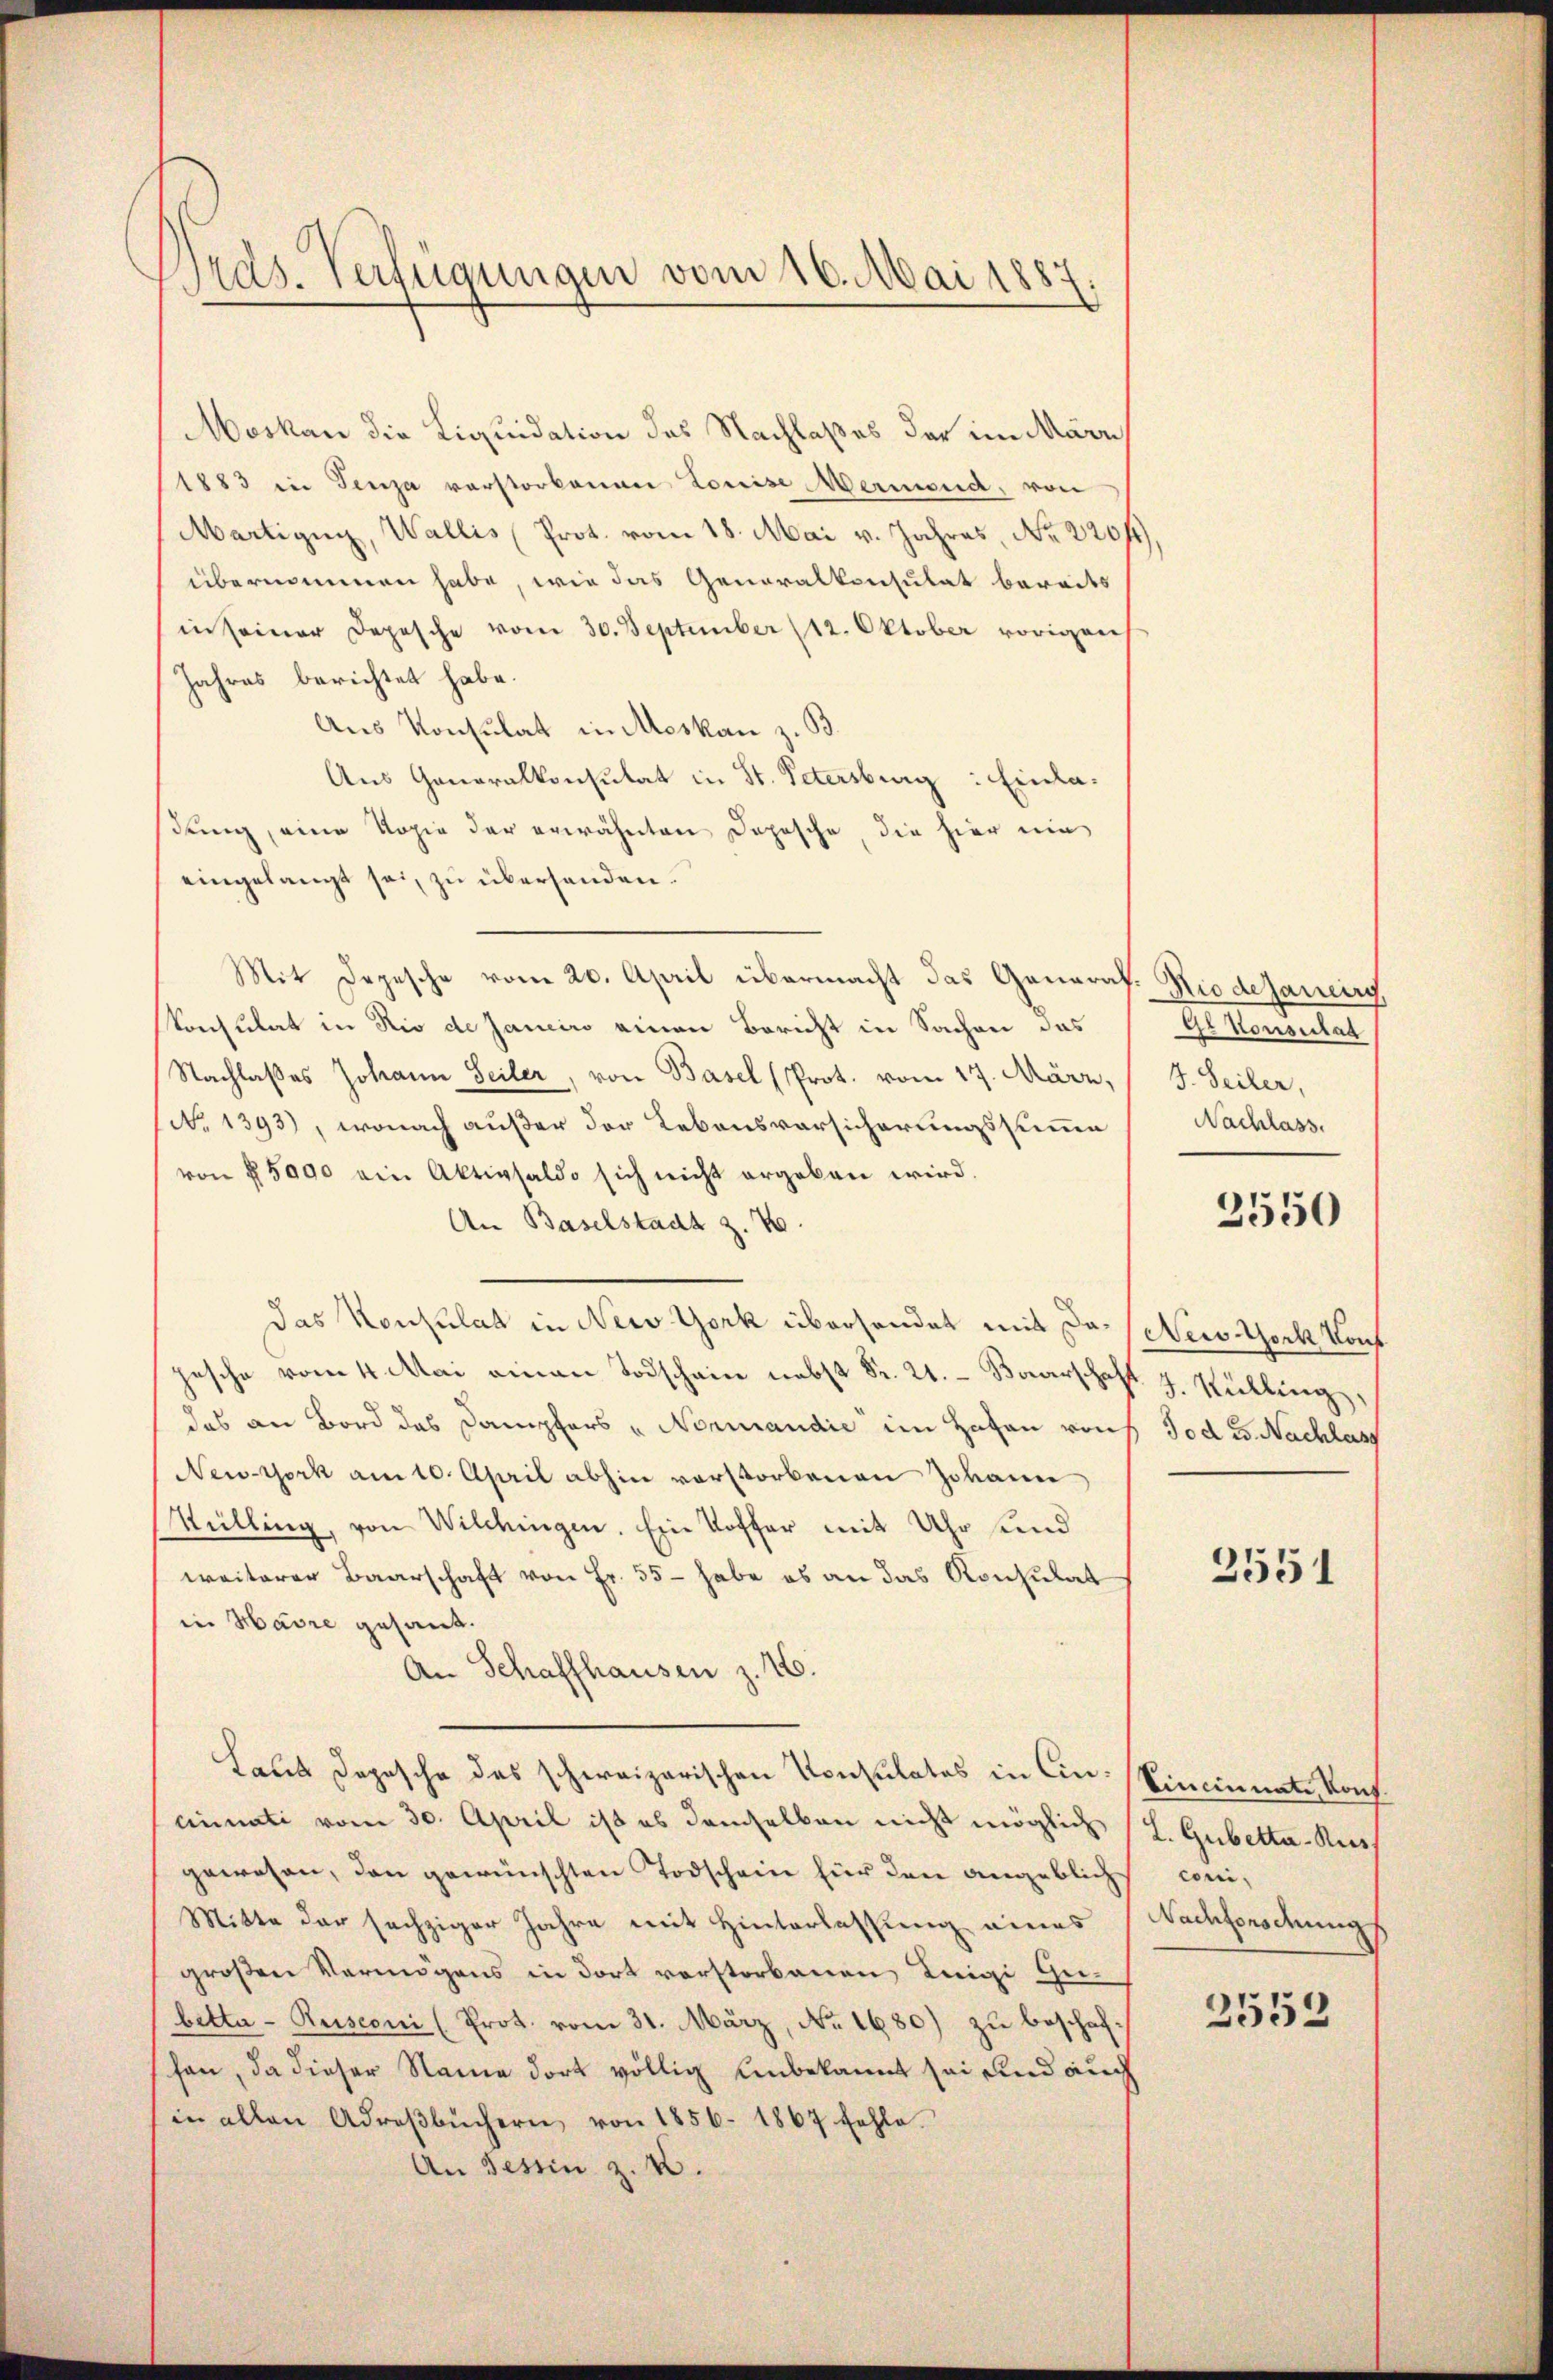
Drds. Verfügungen vom 16. Mai 1887.

Moskau die Liquidation des Nachlaßes der im März
1883 in Penza verstorbenen Louise Mermend, von
Martigny, Wallis (Prot. vom 18. Mai v. Jahres, Nr. 220f
übernommen habe, wie das Generalkonsulat bereits
in seiner Depesche vom 30. September (12. Oktober vorigen
Jahres berichtet habe.
Aus Konsulat in Moskau z. B.
Aus Generalkonsulat in St. Petersburg: Einladung, eine Kopie der erwähnten Depesche, die hier nie
eingelangt sei, zu übersenden.
Mit Depesche vom 20. April übermacht das General- Riedesaucir
konsulat in Rio de Janeiro einen Bericht in Sachen das
Nachlasses Johann Seiler, von Basel (Prot. vom 17. März,
(No 1393), wonach außer der Lebensvorsicherungssummen
von § 5000 ein Aktivsaldo sich nicht ergeben wird.
An Baselstadt z. B.
das Konsulat in New York übersendet mit da. Weis-York Konf
pesche vom 4. Mai einen Todschein nebst Fr. 21. Boverschaft z. Stühling,
das an Bord das Dampfers „Noricandie im Hafen rauch Tod G. Nachlass
New-York am 10. April abhin vorstorbenen Johann
Sülling, von Wilchingen. Ein Koffer mit Uhr sind
weiterer Baarschaft von Fr. 55 - habe es an das Konsulat
in Havre gesant.
An Schaffhausen z. 16.
Laues Depesche des schweizerischen Konsulates in Cincinnati vom 30. April ist es demselben nicht möglich
gewesen, den gewünschten Todschein für den angeblich
Mitte der sechziger Jahre mit Hinterlassung eines
großen Vermögens in dort verstorbenen Luigi Gubetta-Rusconi (Prot. vom 31. März, No. 1680) zu beschaf
schen, da dieser Name dort völlig unbekannt sei und auch
in allen Adreβbüchern von 1856. 1867 fehle.
An Tessin z. B.

G. Sanitat
J. Seiler,
Nachlass.

2550

2551

Vincinnate, Konf
L. Gubetta-Rus
coni,
Nachfonodungs

2552